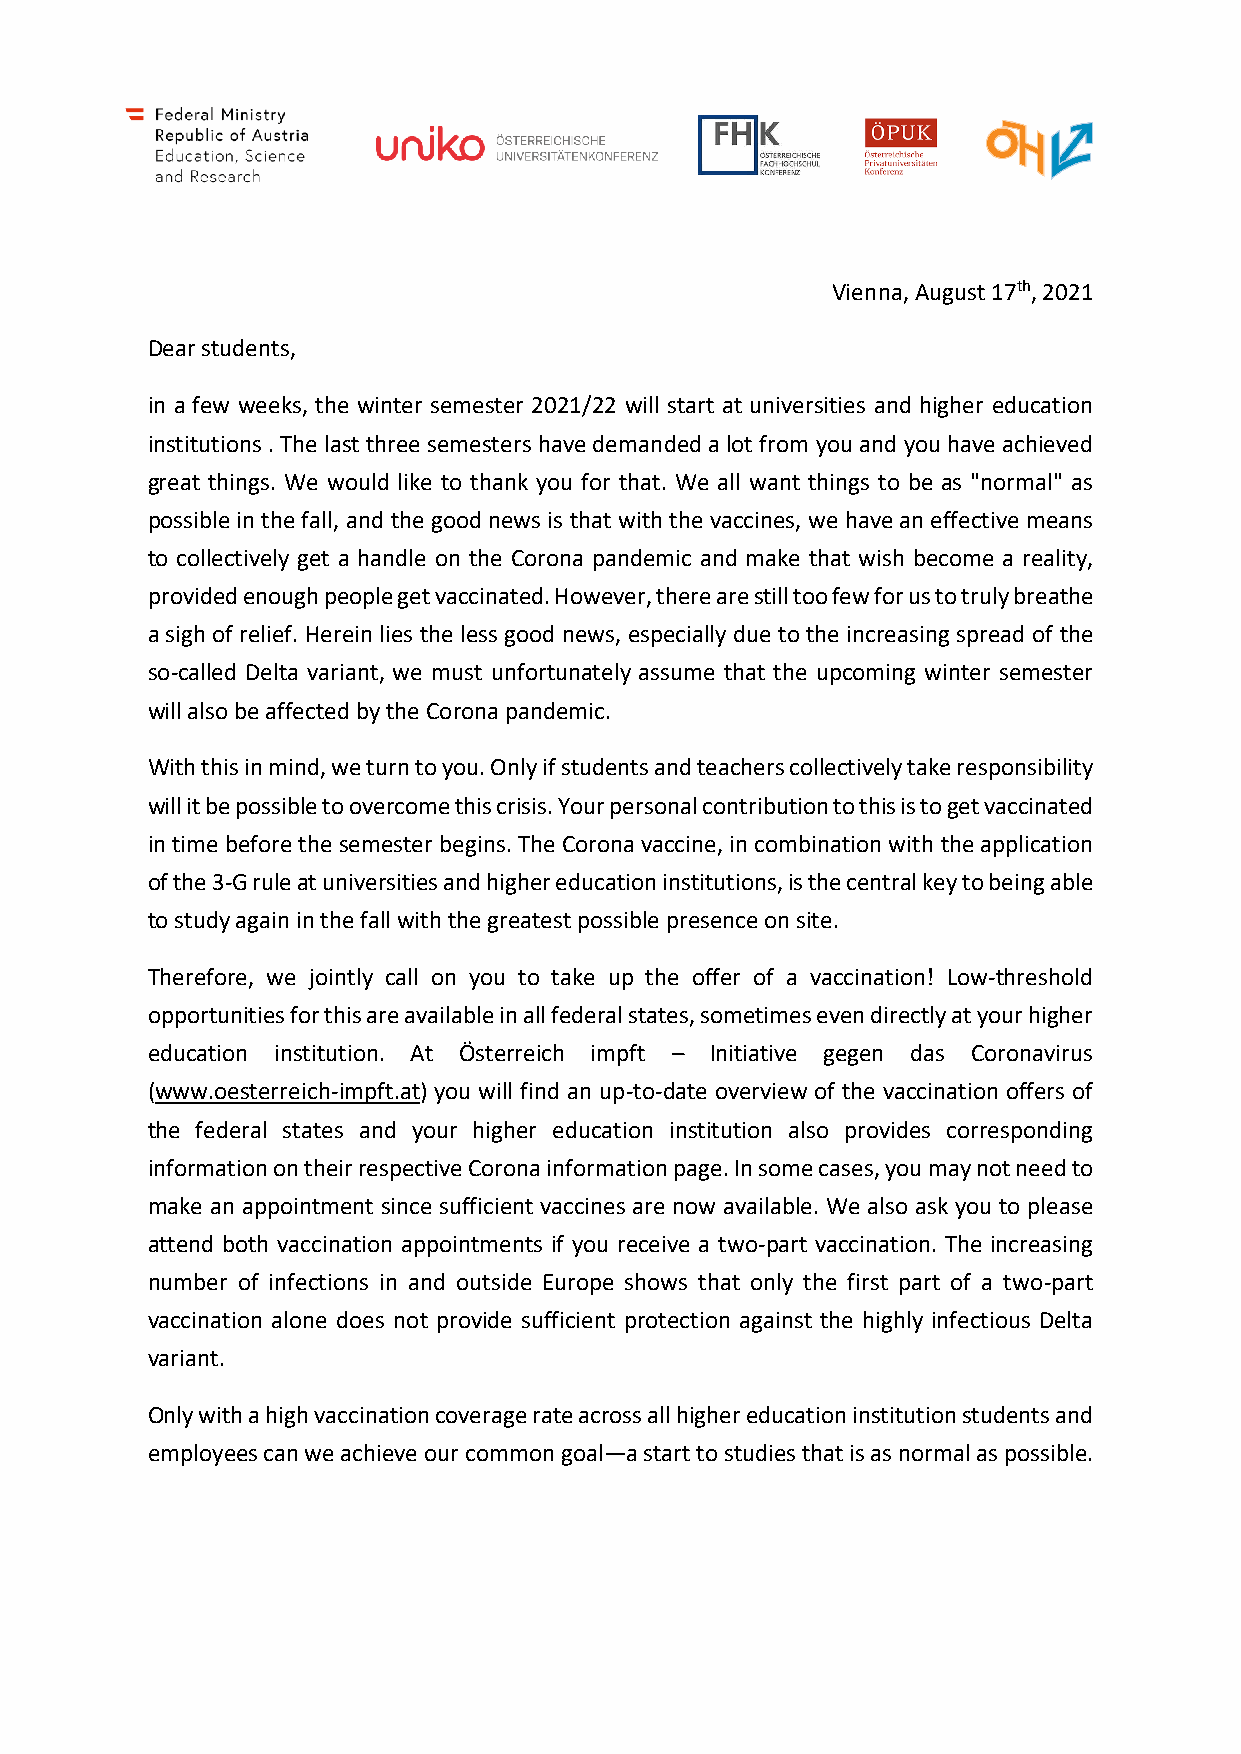
Vienna, August 17th, 2021
 Dear students,
 in a few weeks, the winter semester 2021/22 will start at universities and higher education
 institutions . The last three semesters have demanded a lot from you and you have achieved
 great things. We would like to thank you for that. We all want things to be as "normal" as
 possible in the fall, and the good news is that with the vaccines, we have an effective means
 to collectively get a handle on the Corona pandemic and make that wish become a reality,
 provided enough people get vaccinated. However, there are still too few for us to truly breathe
 a sigh of relief. Herein lies the less good news, especially due to the increasing spread of the
 so-called Delta variant, we must unfortunately assume that the upcoming winter semester
 will also be affected by the Corona pandemic.
 With this in mind, we turn to you. Only if students and teachers collectively take responsibility
 will it be possible to overcome this crisis. Your personal contribution to this is to get vaccinated
 in time before the semester begins. The Corona vaccine, in combination with the application
 of the 3-G rule at universities and higher education institutions, is the central key to being able
 to study again in the fall with the greatest possible presence on site.
 Therefore, we jointly call on you to take up the offer of a vaccination! Low-threshold
 opportunities for this are available in all federal states, sometimes even directly at your higher
 education institution. At Österreich impft – Initiative gegen das Coronavirus
 (www.oesterreich-impft.at) you will find an up-to-date overview of the vaccination offers of
 the federal states and your higher education institution also provides corresponding
 information on their respective Corona information page. In some cases, you may not need to
 make an appointment since sufficient vaccines are now available. We also ask you to please
 attend both vaccination appointments if you receive a two-part vaccination. The increasing
 number of infections in and outside Europe shows that only the first part of a two-part
 vaccination alone does not provide sufficient protection against the highly infectious Delta
 variant.
 Only with a high vaccination coverage rate across all higher education institution students and
 employees can we achieve our common goal—a start to studies that is as normal as possible.